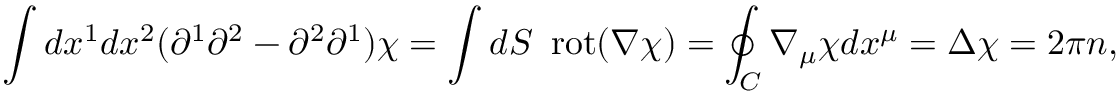
\int d x ^ { 1 } d x ^ { 2 } ( \partial ^ { 1 } \partial ^ { 2 } - \partial ^ { 2 } \partial ^ { 1 } ) \chi = \int d S \enspace \mathrm { r o t } ( \nabla \chi ) = \oint _ { C } \nabla _ { \mu } \chi d x ^ { \mu } = \Delta \chi = 2 \pi n ,